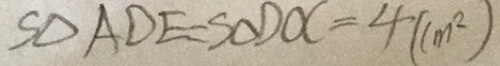
S \Delta A D E = S \Delta D O C = 4 ( c m ^ { 2 } )